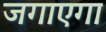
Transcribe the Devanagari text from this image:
जगाएगा